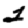
Digit: 2